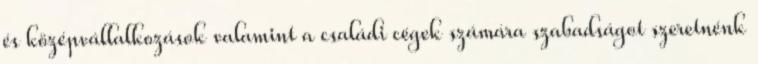
és középvállalkozások valamint a családi cégek számára szabadságot szeretnénk